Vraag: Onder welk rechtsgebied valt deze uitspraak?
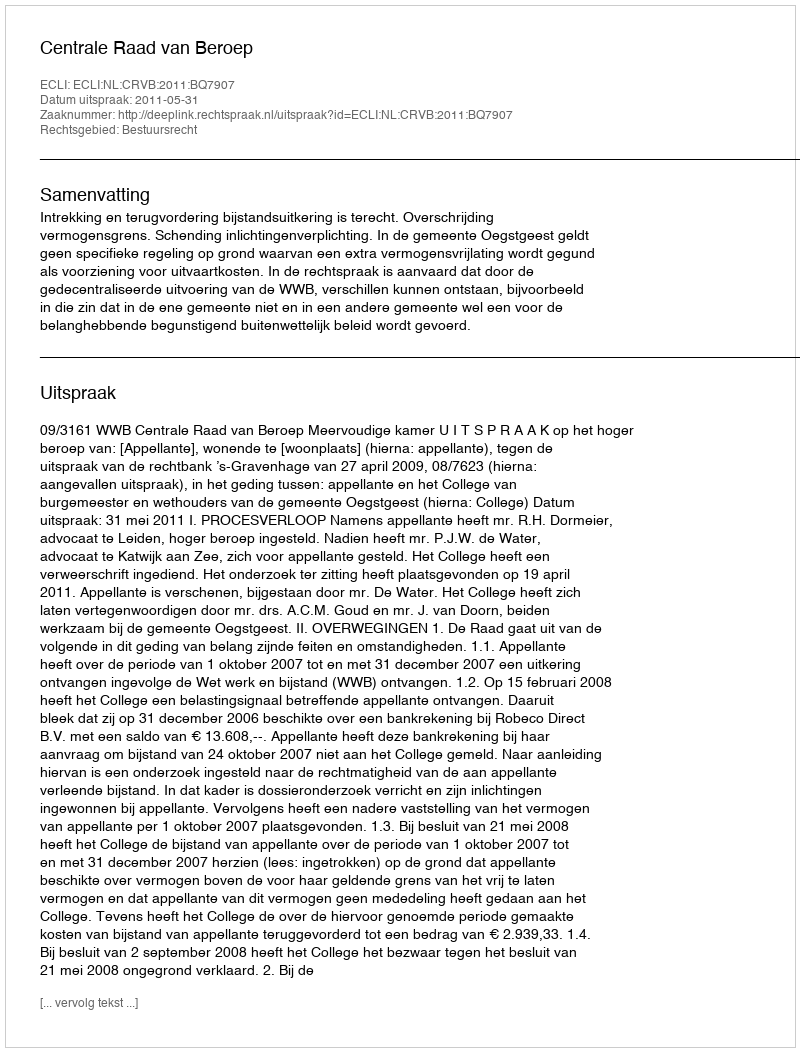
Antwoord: Bestuursrecht